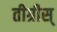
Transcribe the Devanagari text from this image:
तीग्रीस्